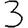
Digit: 3